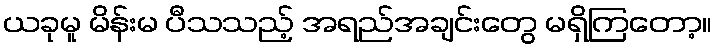
ယခုမူ မိန်းမ ပီသသည့် အရည်အချင်းတွေ မရှိကြတော့။